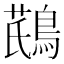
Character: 𪂛